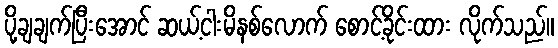
ပို့ချချက်ပြီးအောင် ဆယ့်ငါးမိနစ်လောက် စောင့်ခိုင်းထား လိုက်သည်။